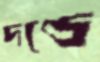
দণ্ডে